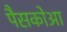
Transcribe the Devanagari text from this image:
पैसकोआ